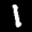
Label: 1